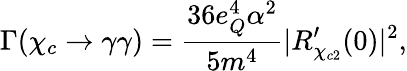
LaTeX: \Gamma(\chi_{c}\rightarrow\gamma\gamma)=\frac{36e_{Q}^{4}\alpha^{2}}{5m^{4}}|R_{\chi_{c2}}^{\prime}(0)|^{2},